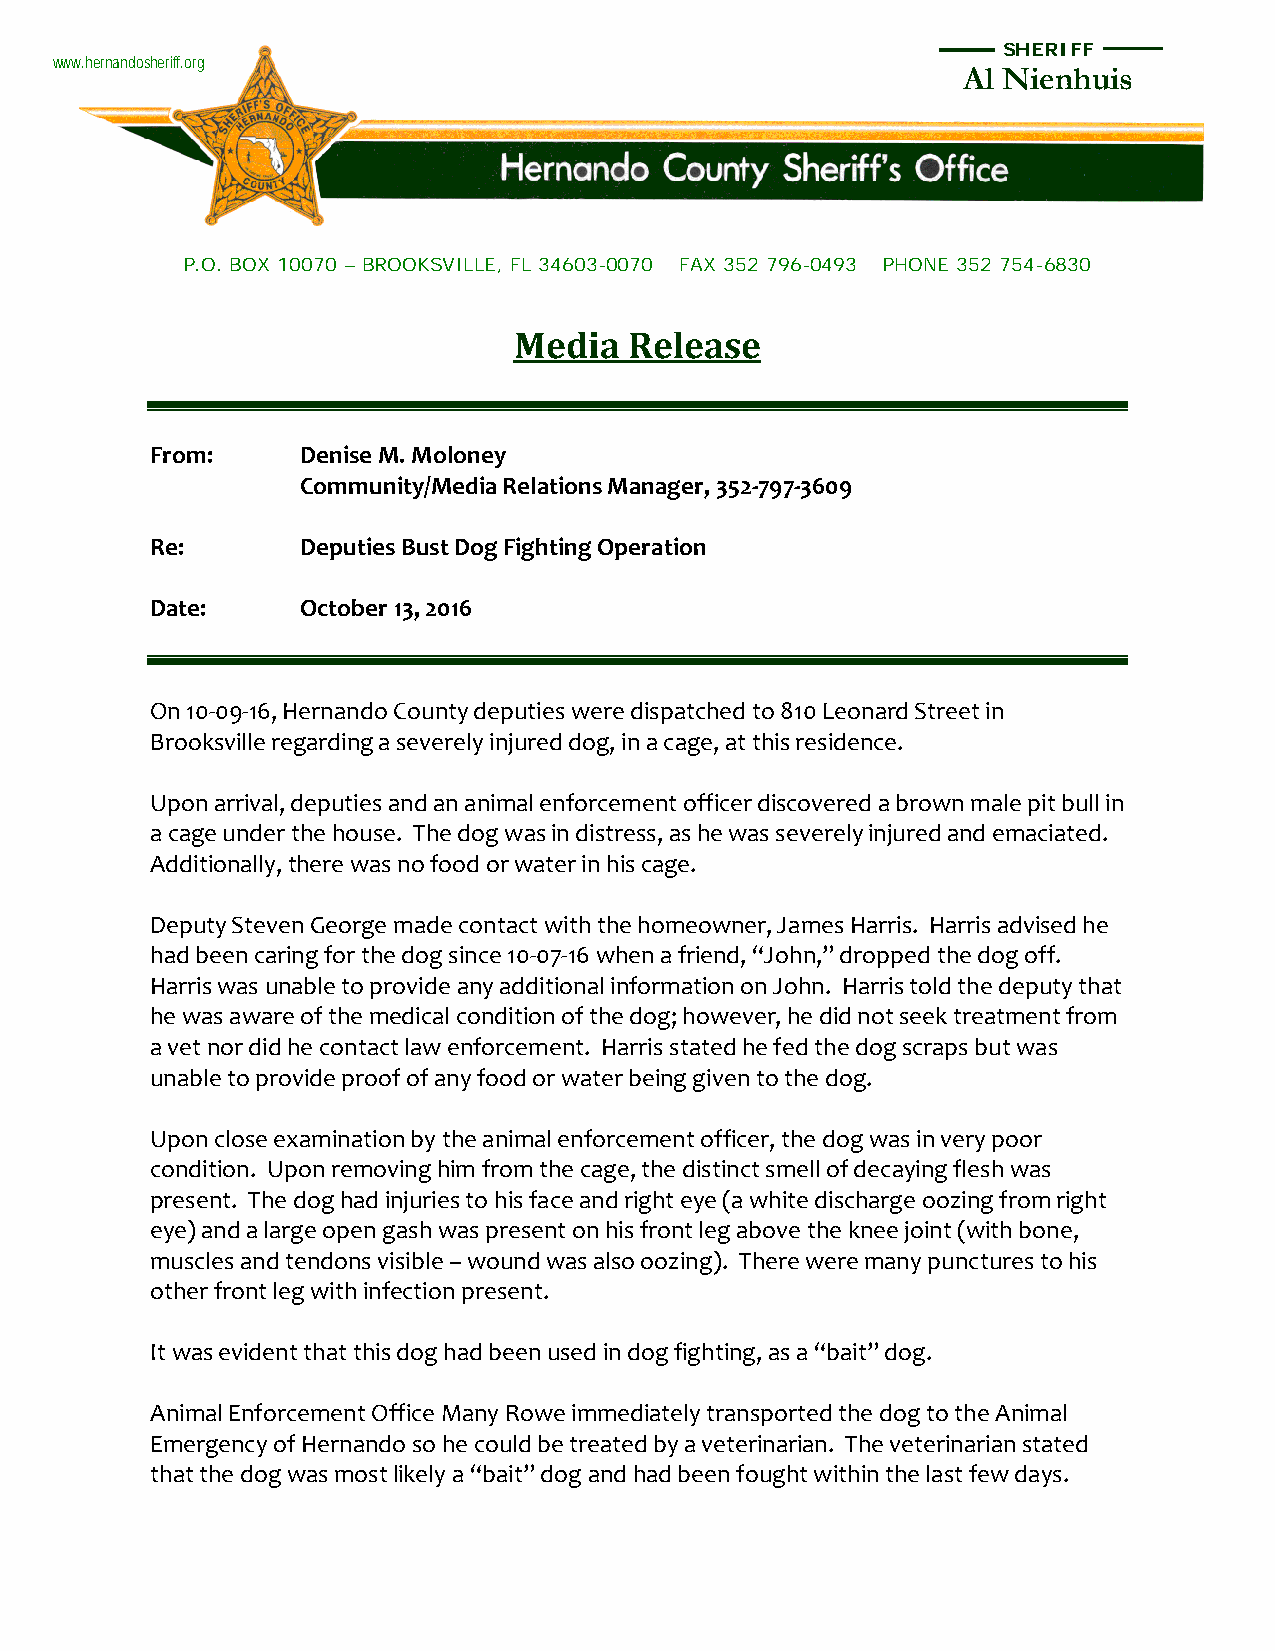
SHERIFF
 www.hernandosheriff.org
 Al Nienhuis
 P.O. BOX 10070 – BROOKSVILLE, FL 34603-0070 FAX 352 796-0493 PHONE 352 754-6830
 Media   Release
 From:     Denise M. Moloney
 Community/Media Relations Manager, 352-797-3609
 Re:       Deputies Bust Dog Fighting Operation
 Date:     October 13, 2016
 On 10-09-16, Hernando County deputies were dispatched to 810 Leonard Street in
 Brooksville regarding a severely injured dog, in a cage, at this residence.
 Upon arrival, deputies and an animal enforcement officer discovered a brown male pit bull in
 a cage under the house. The dog was in distress, as he was severely injured and emaciated.
 Additionally, there was no food or water in his cage.
 Deputy Steven George made contact with the homeowner, James Harris. Harris advised he
 had been caring for the dog since 10-07-16 when a friend, “John,” dropped the dog off.
 Harris was unable to provide any additional information on John. Harris told the deputy that
 he was aware of the medical condition of the dog; however, he did not seek treatment from
 a vet nor did he contact law enforcement. Harris stated he fed the dog scraps but was
 unable to provide proof of any food or water being given to the dog.
 Upon close examination by the animal enforcement officer, the dog was in very poor
 condition. Upon removing him from the cage, the distinct smell of decaying flesh was
 present. The dog had injuries to his face and right eye (a white discharge oozing from right
 eye) and a large open gash was present on his front leg above the knee joint (with bone,
 muscles and tendons visible – wound was also oozing). There were many punctures to his
 other front leg with infection present.
 It was evident that this dog had been used in dog fighting, as a “bait” dog.
 Animal Enforcement Office Many Rowe immediately transported the dog to the Animal
 Emergency of Hernando so he could be treated by a veterinarian. The veterinarian stated
 that the dog was most likely a “bait” dog and had been fought within the last few days.